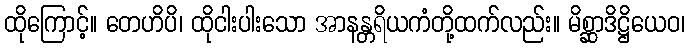
ထိုကြောင့်။ တေဟိပိ၊ ထိုငါးပါးသော အာနန္တရိယကံတို့ထက်လည်း။ မိစ္ဆာဒိဋ္ဌိယေဝ၊